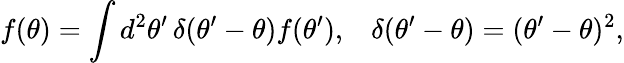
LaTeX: f(\theta)=\int d^{2}\theta^{\prime}\, \delta(\theta^{\prime}-\theta)f(\theta^{\prime}),\; \; \; \delta(\theta^{\prime}-\theta)=(\theta^{\prime}-\theta)^{2},